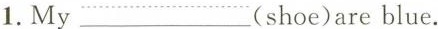
1.My___(shoe) are blue.